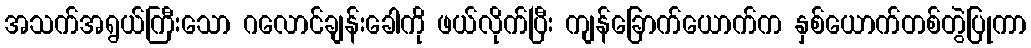
အသက်အရွယ်ကြီးသော ဂလောင်ချန်းခေါကို ဖယ်လိုက်ပြီး ကျန်ခြောက်ယောက်က နှစ်ယောက်တစ်တွဲပြုကာ